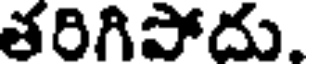
తరిగిపోదు.